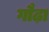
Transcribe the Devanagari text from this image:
गौढ़ा